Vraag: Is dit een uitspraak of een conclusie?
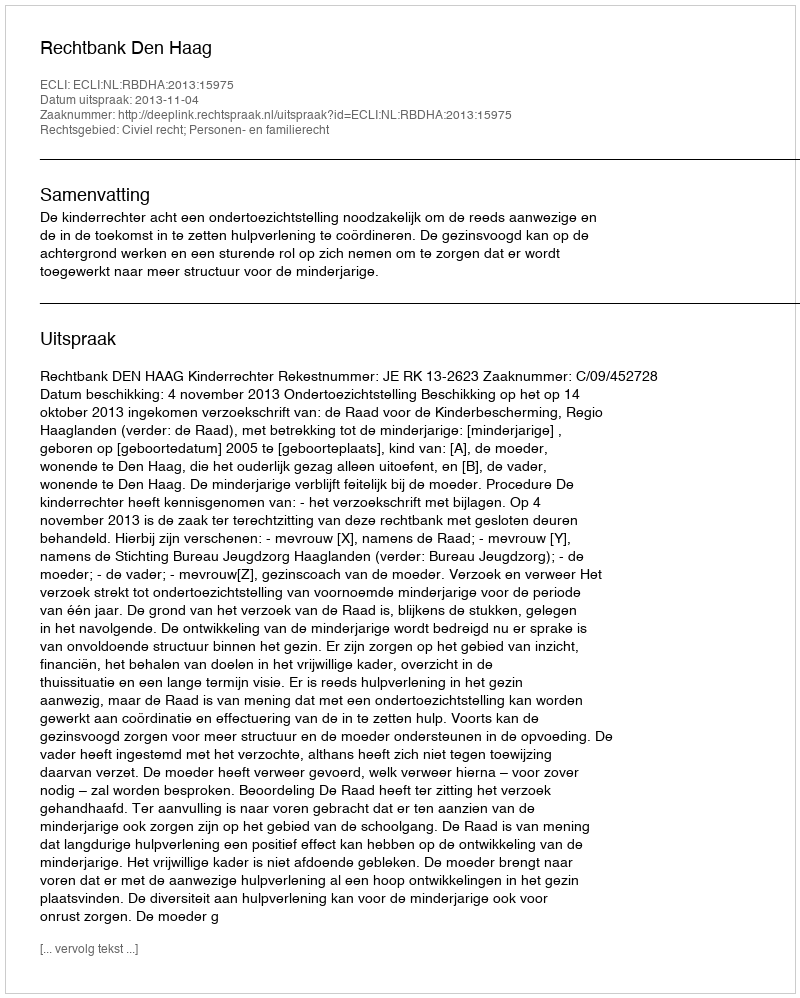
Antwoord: Uitspraak